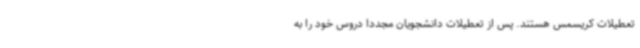
تعطیلات کریسمس هستند. پس از تعطیلات دانشجویان مجددا دروس خود را به